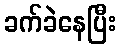
ခက်ခဲနေပြီး